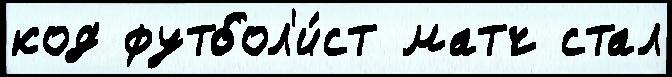
код футбол'и́ст матч стал